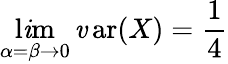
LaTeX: \operatorname*{l\mathit{i}m}_{\alpha=\beta\to0}\operatorname{\mathit{v}ar}(X)={\frac{{1}}{{4}}}